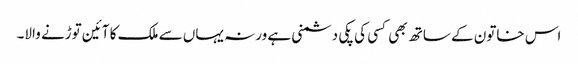
اس خاتون کے ساتھ بھی کسی کی پکی دشمنی ہے ورنہ یہاں سے ملک کا آئین توڑنے والا۔